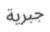
جبرية